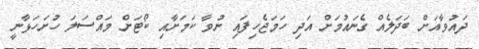
ދައުވާއަށް ބަދަލެއް ގެނައުމަށް އަދި ހަމަޖެހިފައި ނުވާ ކަމަށާއި ކޯޓަށް މައްސަލަ ހުށަހަޅާނީ